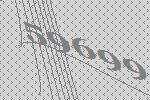
59699